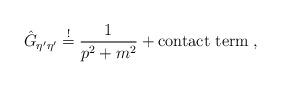
LaTeX: \begin{align*}\hat{G}_{\eta^\prime \eta^\prime} \stackrel{!}{=} \frac{1}{p^2 + m^2}+ \mbox{contact term} \; ,\end{align*}